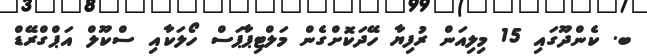
ބ. ކެންދޫގައި 15 މިލިއަން ރުފިޔާ ހޭދަކޮށްގެން މަލްޓިޕާޕަސް ހޯލަކާއި ސްކޫލް އަޕްގްރޭޑް